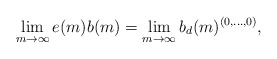
\begin{align*}\lim_{m \to \infty} e(m) b(m) = \lim_{m \to \infty} b_d(m)^{(0, \dotsc, 0)},\end{align*}